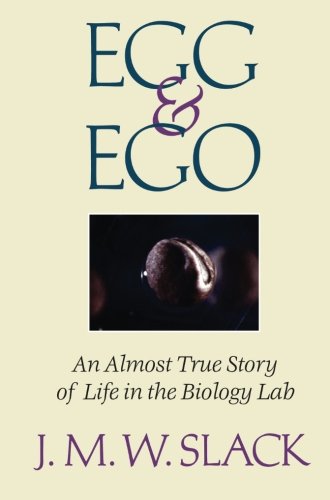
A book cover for Egg & Ego: An Almost True Story of Life in the Biology Lab; J.M.W. Slack; Humor & Entertainment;